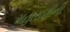
મહારાણીની